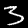
Label: 3